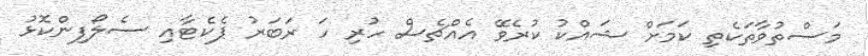
މަސްތުވާތަކެތި ކަމަށް ޝައްކު ކުރެވޭ އެއްޗެސް ހުރި ހަ ރަބަރު ޕެކެޓާއި ސެލޯފިންކޮޅު